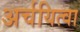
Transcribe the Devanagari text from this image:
अर्चयित्वा